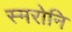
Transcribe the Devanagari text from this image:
स्मरोनि